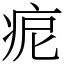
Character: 痆